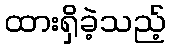
ထားရှိခဲ့သည့်